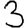
Digit: 3